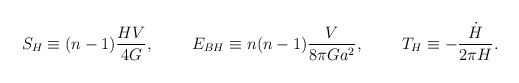
LaTeX: \begin{align*}S_H\equiv (n-1){{HV}\over{4G}}, \ \ \ \ \ \ \ E_{BH}\equiv n(n-1){V\over{8\pi Ga^2}}, \ \ \ \ \ \ \ T_H\equiv -{\dot{H}\over{2\pi H}}.\end{align*}